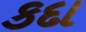
કદા